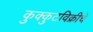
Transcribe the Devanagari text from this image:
कुक्कुटविक्रीचे